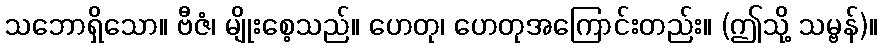
သဘောရှိသော။ ဗီဇံ၊ မျိုးစေ့သည်။ ဟေတု၊ ဟေတုအကြောင်းတည်း။ (ဤသို့ သမ္ဗန်)။